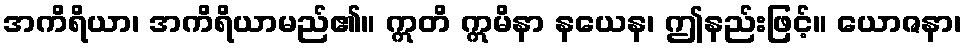
အကိရိယာ၊ အကိရိယာမည်၏။ ဣတိ ဣမိနာ နယေန၊ ဤနည်းဖြင့်။ ယောဇနာ၊